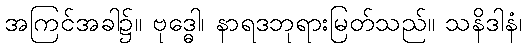
အကြင်အခါ၌။ ဗုဒ္ဓေါ၊ နာရဒဘုရားမြတ်သည်။ သနိဒါနံ၊